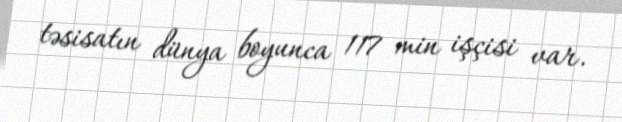
təsisatın dünya boyunca 117 min işçisi var.